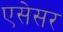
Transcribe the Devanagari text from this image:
एसेसर